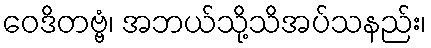
ဝေဒိတဗ္ဗံ၊ အဘယ်သို့သိအပ်သနည်း၊